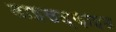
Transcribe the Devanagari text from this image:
डाइसल्फ़ाइ़ड